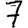
Digit: 7